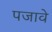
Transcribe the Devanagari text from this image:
पजावे